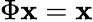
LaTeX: \Phi\mathbf{x}=\mathbf{x}